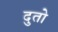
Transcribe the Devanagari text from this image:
दुतो